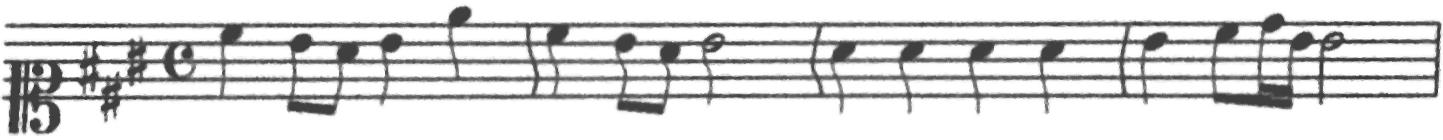
Transcription: clef-C1 keySignature-AM timeSignature-C note-C#5_quarter note-B4_eighth note-A4_eighth note-B4_quarter note-E5_quarter barline note-C#5_quarter note-B4_eighth note-A4_eighth note-B4_half barline note-A4_quarter note-A4_quarter note-A4_quarter note-A4_quarter barline note-B4_quarter note-C#5_eighth note-D5_sixteenth note-B4_sixteenth note-B4_half barline